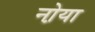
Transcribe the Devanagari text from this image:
नो़या